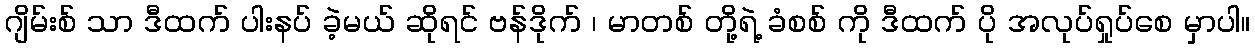
ဂျိမ်းစ် သာ ဒီထက် ပါးနပ် ခဲ့မယ် ဆိုရင် ဗန်ဒိုက် ၊ မာတစ် တို့ရဲ့ ခံစစ် ကို ဒီထက် ပို အလုပ်ရှုပ်စေ မှာပါ။